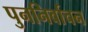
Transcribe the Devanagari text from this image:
पुननिर्वाचन